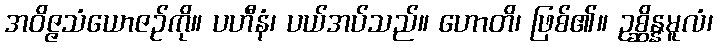
အဝိဇ္ဇသံယောဇဉ်ကို။ ပဟီနံ၊ ပယ်အပ်သည်။ ဟောတိ၊ ဖြစ်၏။ ဥစ္ဆိန္နမူလံ၊